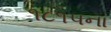
૧૮૧૫ના